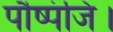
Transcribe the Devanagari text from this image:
पौष्पंजि।